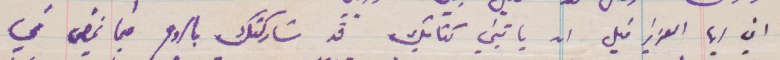
اني أيها العزيز قبل ان ياتيني كتابك قد شاركتك بالروح فيما نمضي في